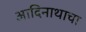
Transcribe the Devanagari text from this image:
आदिनाथाचा